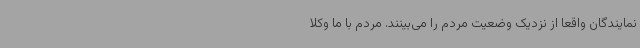
نمایندگان واقعا از نزدیک وضعیت مردم را می‌بینند. مردم با ما وکلا